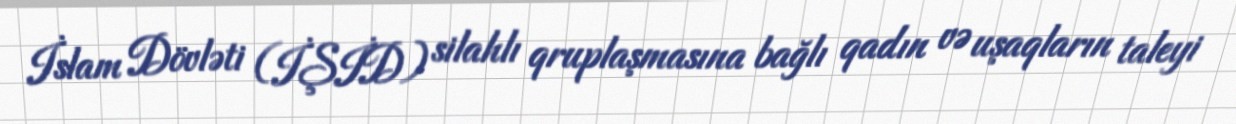
İslam Dövləti (İŞİD) silahlı qruplaşmasına bağlı qadın və uşaqların taleyi